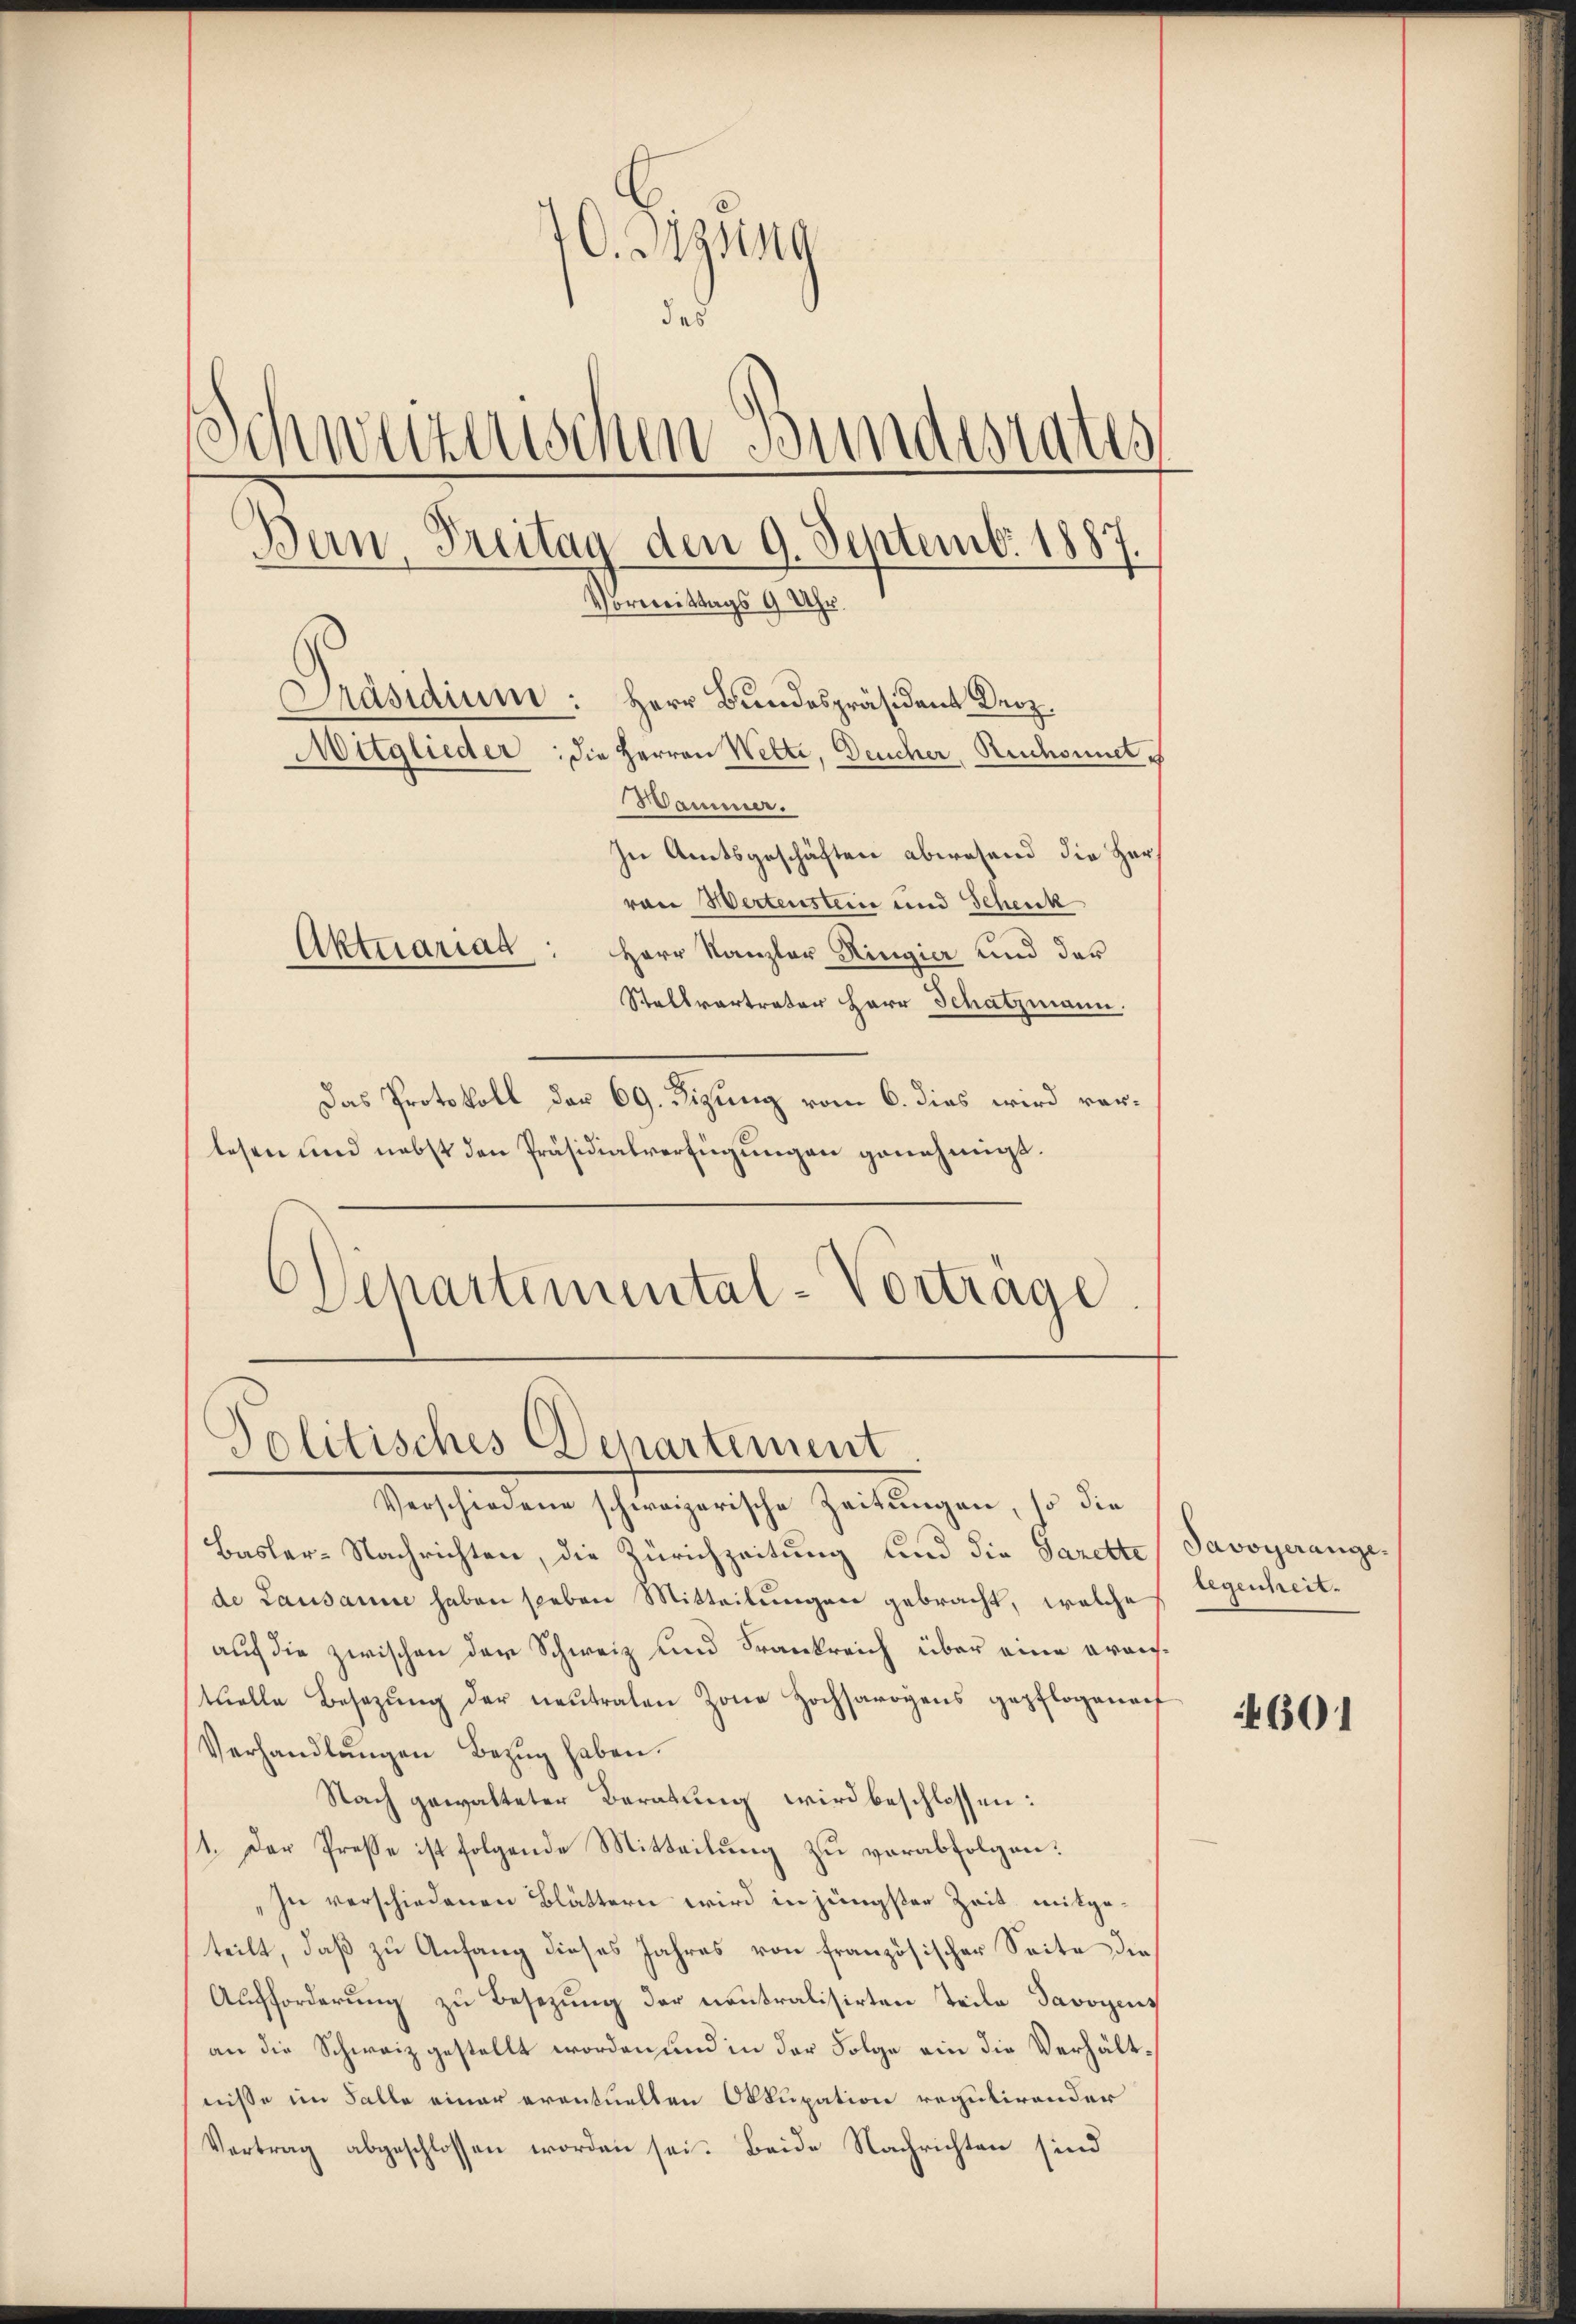
O. Diesing
das
Schweizerischen Bundesrates
Bern, Freitag den 9. Septemb. 1887
Vormittags 9 Uhr.
Präsidium: Herr Bundespräsident Kerz.
Mitglieder: die Herren Wette, Deucher, Ruchsundes
Wamner.

In Amtsgeschäften abwesend die Her
van Wertenstein und Schenk
Herr Kanzler Ringier und der
Stellvertreter Herr Schatzmann.
Das Protokoll der 69. Dizung vom 6. dies wird verlesen und nebst den Präsidialverfügungen genehmigt.
.
Departemental-Vorträge

Aktuariag

Politisches Departement

Verschiedene schweizerische Zeitungen, so die
Basler-Nachrichten, die Zürichzeitung und die Garette Savoyerangede Lausanne haben sieben Mitteilungen gebracht, welche
auf die zwischen der Schweiz und Frankreich über eine oranstuelle Besetzŭng der neutralen Zone Hochsavoyens gepflogenauf
Verhandlŭngen Bezug haben.
Nach gewalteter Beratung wird beschlossen:
(1. Der Presse ist folgende Mitteilung zu verabfolgen.
„In verschiedenen Blättern wird in jüngster Zeit mitgeteilt, daß zu Anfang dieses Jahres von französischer Seite die
Aufforderŭng zu Besetzung der contralisirten Teile Savoyens
an die Schweiz gestellt worden und in der Folge ein die Verhältnisse im Falle einer eventuellen Okkupation regulirender
Vertrag abgeschlossen worden sei. Beide Nachrichten sind

legenheit.

4601